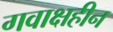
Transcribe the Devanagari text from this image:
गवाक्षहीन